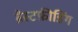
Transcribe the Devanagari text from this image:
ब्रैस्टफ़ीडिंग